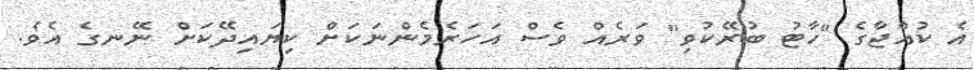
އެ ކުއްޖާގެ "ހާޓު ބުރޭކުވި" ވަރެއް ވެސް އަހަރެމެންނަކަށް ކިޔައިދޭކަށް ނޭނގެ އެވެ.